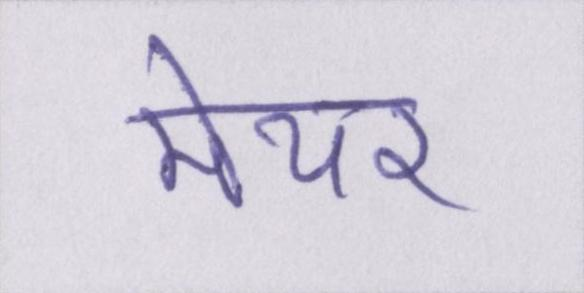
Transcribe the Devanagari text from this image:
मेयर